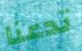
تدعنا